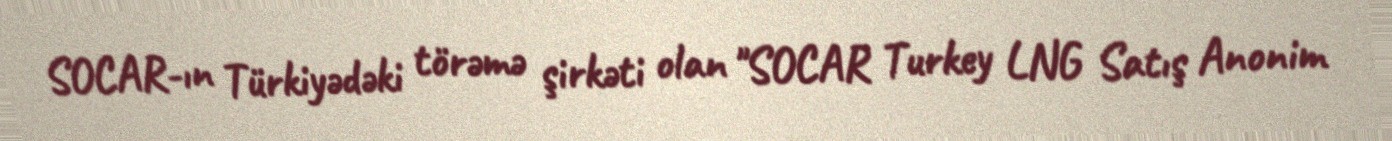
SOCAR-ın Türkiyədəki törəmə şirkəti olan "SOCAR Turkey LNG Satış Anonim